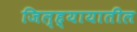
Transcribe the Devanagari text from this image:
जिल्ह्यायातील